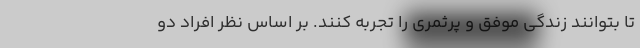
تا بتوانند زندگی موفق و پرثمری را تجربه کنند. بر اساس نظر افراد دو